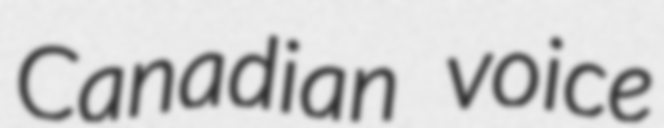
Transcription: Canadian voice